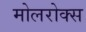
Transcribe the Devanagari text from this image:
मोलरोक्स